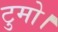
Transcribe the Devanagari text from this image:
टुमो।